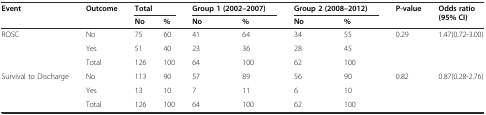
<table><thead><tr><td rowspan="2"><b>Event</b></td><td rowspan="2"><b>Outcome</b></td><td colspan="2"><b>Total</b></td><td colspan="2"><b>Group 1 (2002–2007)</b></td><td colspan="2"><b>Group 2 (2008–2012)</b></td><td rowspan="2"><b>P-value</b></td><td rowspan="2"><b>Odds ratio (95% CI)</b></td></tr><tr><td><b>No</b></td><td><b>%</b></td><td><b>No</b></td><td><b>%</b></td><td><b>No</b></td><td><b>%</b></td></tr></thead><tbody><tr><td rowspan="3">ROSC</td><td>No</td><td>75</td><td>60</td><td>41</td><td>64</td><td>34</td><td>55</td><td rowspan="3">0.29</td><td rowspan="3">1.47(0.72-3.00)</td></tr><tr><td>Yes</td><td>51</td><td>40</td><td>23</td><td>36</td><td>28</td><td>45</td></tr><tr><td>Total</td><td>126</td><td>100</td><td>64</td><td>100</td><td>62</td><td>100</td></tr><tr><td rowspan="3">Survival to Discharge</td><td>No</td><td>113</td><td>90</td><td>57</td><td>89</td><td>56</td><td>90</td><td rowspan="3">0.82</td><td rowspan="3">0.87(0.28-2.76)</td></tr><tr><td>Yes</td><td>13</td><td>10</td><td>7</td><td>11</td><td>6</td><td>10</td></tr><tr><td>Total</td><td>126</td><td>100</td><td>64</td><td>100</td><td>62</td><td>100</td></tr></tbody></table>